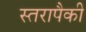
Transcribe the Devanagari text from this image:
स्तरापैकी